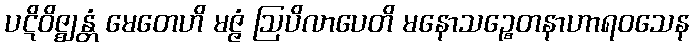
ပဋိဝိဇ္ဈန္တံ မေတေဟိ မဇ္ဇံ ဩပိလာပေတိ မနောသဉ္စေတနာဟာရဝသေန